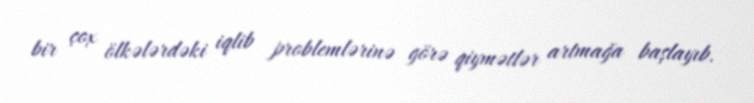
bir çox ölkələrdəki iqlib problemlərinə görə qiymətlər artmağa başlayıb.